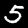
Label: 5